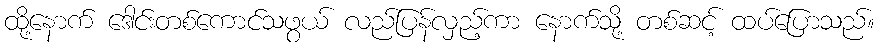
ထို့နောက် ဒေါင်းတစ်ကောင်သဖွယ် လည်ပြန်လှည့်ကာ နောက်သို့ တစ်ဆင့် ထပ်ပြောသည်။